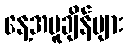
နေ့အပူချိန်များ